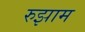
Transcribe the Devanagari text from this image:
रुझाम